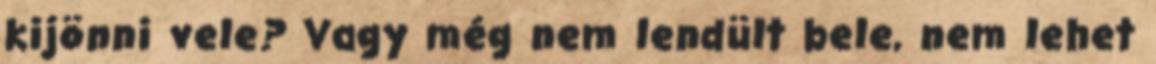
kijönni vele? Vagy még nem lendült bele, nem lehet